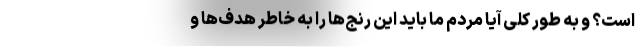
است؟ و به طور کلی آیا مردم ما باید این رنج‌ها را به خاطر هدف‌ها و